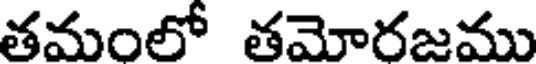
తమంలో తమోరజము